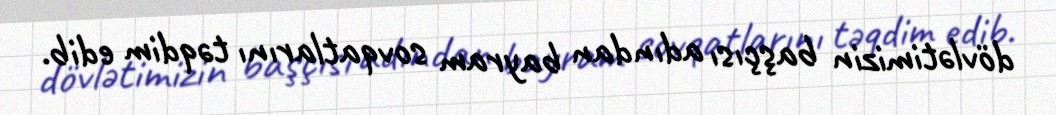
dövlətimizin başçısı adından bayram sovqatlarını təqdim edib.